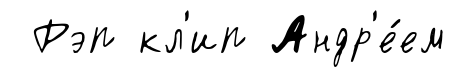
Рэп кл'ип Андр'е́ем